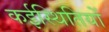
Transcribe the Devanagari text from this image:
कईस्थितियों